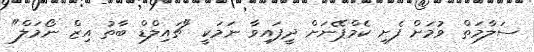
ސަލާމަތް ވުމަށް ފެށި ކެމްޕޭނަށް ދީފައިވާ ނަމަކީ "ޗައިލްޑް ބާތު އިޒް ނޯމަލް"